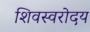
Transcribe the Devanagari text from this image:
शिवस्वरोदय